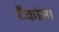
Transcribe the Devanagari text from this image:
टैकोमा